Report of the Indian Hemp Drugs Commission, 1894-1895 - Volume III
Year: 1894
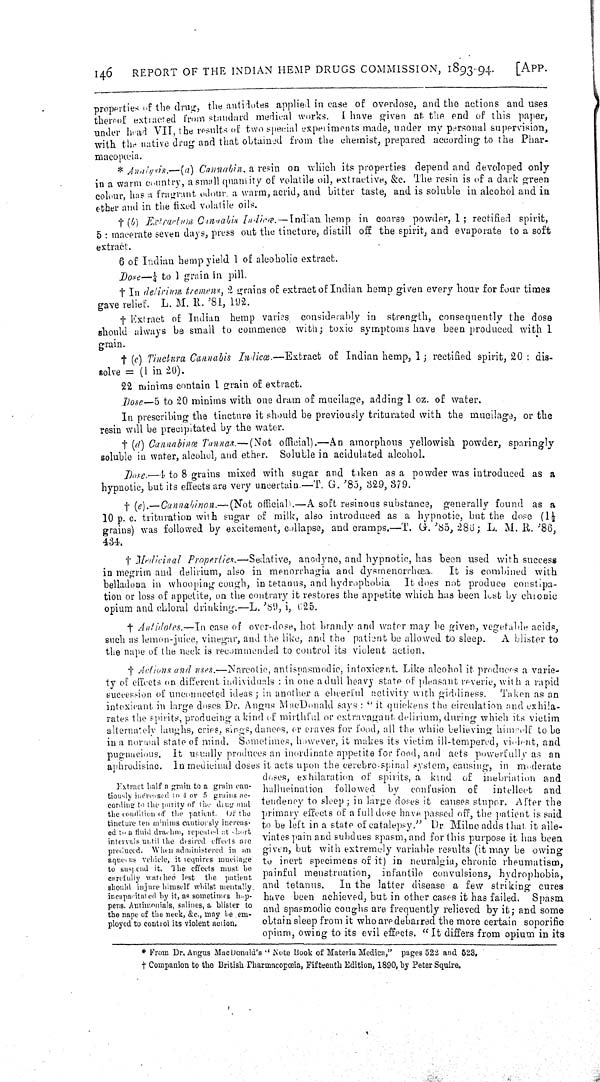
146
REPORT OF THE INDIAN HEMP DRUGS COMMISSION, 1893-94.
[APP.
properties of the drug, the antidotes applied in case of overdose, and the actions and uses
thereof extracted from standard medical works. I have given at the end of this paper,
under head VII, the results of two special experiments made, under my personal supervision,
with the native drug and that obtained from the chemist, prepared according to the Phar-
macopœia.
* Analysis.—(a) Cannabin, a resin on which its properties depend and developed only
in a warm country, a small quantity of volatile oil, extractive, &c. The resin is of a dark green
colour, has a fragrant odour, a warm, acrid, and bitter taste, and is soluble in alcohol and in
ether and in the fixed volatile oils.
† (b) Extractum Cannabis Indicœ.-Indian hemp in coarse powder, 1; rectified spirit,
5: macerate seven days, press out the tincture, distill off the spirit, and evaporate to a soft
extract.
6 of Indian hemp yield 1 of alcoholic extract.
Dose—1/4 to 1 grain in pill.
† In delirium tremens, 2 grains of extract of Indian hemp given every hour for four times
gave relief. L. M. R. '81, 192.
† Extract of Indian hemp varies considerably in strength, consequently the dose
should always be small to commence with; toxic symptoms have been produced with 1
grain.
† (c) Tinctura Cannabis Indicæ.—Extract of Indian hemp, 1; rectified spirit, 20: dis-
solve = (1 in 20).
22 minims contain 1 grain of extract.
Dose—5 to 20 minims with one dram of mucilage, adding 1 oz. of water.
In prescribing the tincture it should be previously triturated with the mucilage, or the
resin will be precipitated by the water.
† (d) Cannabinœ Tannas.—(Not official).—An amorphous yellowish powder, sparingly
soluble in water, alcohol, and ether. Soluble in acidulated alcohol.
Dose.—1 to 8 grains mixed with sugar and taken as a powder was introduced as a
hypnotic, but its effects are very uncertain.—T. G. '85, 329, 379.
† (e).—Cannabinon.—(Not official).—A soft resinous substance, generally found as a
10 p. c. trituration with sugar of milk, also introduced as a hypnotic, but the dose (11/2
grains) was followed by excitement, collapse, and cramps.—T. G. '85, 286; L. M. R. '86,
434.
† Medicinal Properties.—Sedative, anodyne, and hypnotic, has been used with success
in megrim and delirium, also in menorrhagia and dysmenorrhœa.
It is combined with
belladona in whooping cough, in tetanus, and hydrophobia. It does not produce constipa-
tion or loss of appetite, on the contrary it restores the appetite which has been lost by chronic
opium and chloral drinking.—L. '89, i, 625.
† Antidotes.—In case of over-dose, hot brandy and water may be given, vegetable acids,
such as lemon-juice, vinegar, and the like, and the patient be allowed to sleep.
A blister to
the nape of the neck is recommended to control its violent action.
Extract half a grain to a grain cau-
tiously increased to 4 or 5 grains ac-
cording to the purity of the drug and
the condition of the patient. Of the
tincture ten minims cautiorsly increas-
ed to a fluid draehm, repeated at short
intervals until the desired effects are
produced. When administered in an
aqueous vehicle, it requires mucilage
to suspend it. The effects must be
carefully watched lest the patient
should injure himself whilst mentally
incapacitated by it, as sometimes hap-
pens. Antimonials, salines, a blister to
the nape of the neck, &c., may be em-
ployed to control its violent action.
† Actions and uses.—Narcotic, antispasmodic, intoxicant. Like alcohol it produces a varie-
ty of effects on different individuals: in one a dull heavy state of pleasant reverie, with a rapid
succession of unconnected ideas; in another a cheerful activity with giddiness.
Taken as an
intoxicant in large doses Dr. Angus MacDonald says: "it quickens the circulation and exhila-
rates the spirits, producing a kind of mirthful or extravagant delirium, during which its victim
alternately laughs, cries, sings, dances, or craves for food, all the while believing himself to be
in a normal state of mind. Sometimes, however, it makes its victim ill-tempered, violent, and
pugnacious. It usually produces an inordinate appetite for food, and acts powerfully as an
aphrodisiac. In medicinal doses it acts upon the cerebro-spinal system, causing, in moderate
doses, exhilaration of spirits, a kind of inebriation and
hallucination followed by confusion of
intellect and
tendency to sleep; in large doses it causes stupor. After the
primary effects of a full dose have passed off, the patient is said
to be left in a state of catalepsy." Dr. Milne adds that, it alle-
viates pain and subdues spasm, and for this purpose it has been
given, but with extremely variable results (it may be owing
to inert specimens of it) in neuralgia, chronic rheumatism,
painful menstruation, infantile convulsions, hydrophobia,
and tetanus.
In the latter disease a few striking cures
have been achieved, but in other cases it has failed. Spasm
and spasmodic coughs are frequently relieved by it; and some
obtain sleep from it who are debarred the more certain soporific
opium, owing to its evil effects. "It differs from opium in its
* From Dr. Angus Mac Donald's "Note Book of Materia Medica," pages 522 and 523.
† Companion to the British Pharmacopœia, Fifteenth Edition, 1890, by Peter Squire.